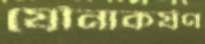
যৌনাকর্ষণ